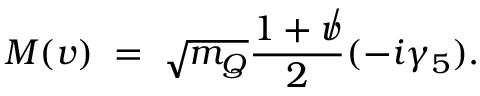
M ( v ) \; = \; \sqrt { m _ { Q } } \frac { 1 + \not v } { 2 } ( - i \gamma _ { 5 } ) .